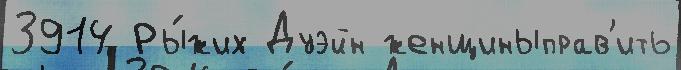
3914 Ры́жих Дуэйн женщиныправ'ить